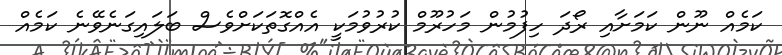
ކަމެއް ނޫން ކަމަށާއި ރޯދަ ހިފުމުން މަހުރޫމް ކުރުވުމަކީ އެއްގޮތަަކަށްވެސް ބަލައިގަނެވޭނެ ކަމެއް